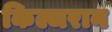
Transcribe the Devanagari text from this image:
किल्जरान